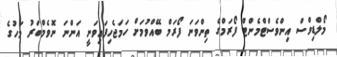
މޯލްޑިވްސް އިންވެސްޓްމެންޓް ފޯރަމްގެ ތިންވަނަ ފޯރަމް ބޭއްވުމަށް ހަމަޖެހިފައިވަނީ އަންނަ ނޮވެމްބަރު މަހުގެ